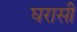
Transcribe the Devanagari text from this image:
घरासी